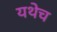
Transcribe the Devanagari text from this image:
यथेच